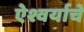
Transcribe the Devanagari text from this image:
ऐश्वर्याचे